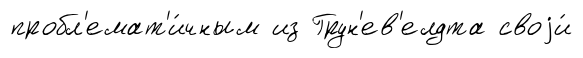
пробл'емат'и́чным из Грун'ев'елдта своjи́